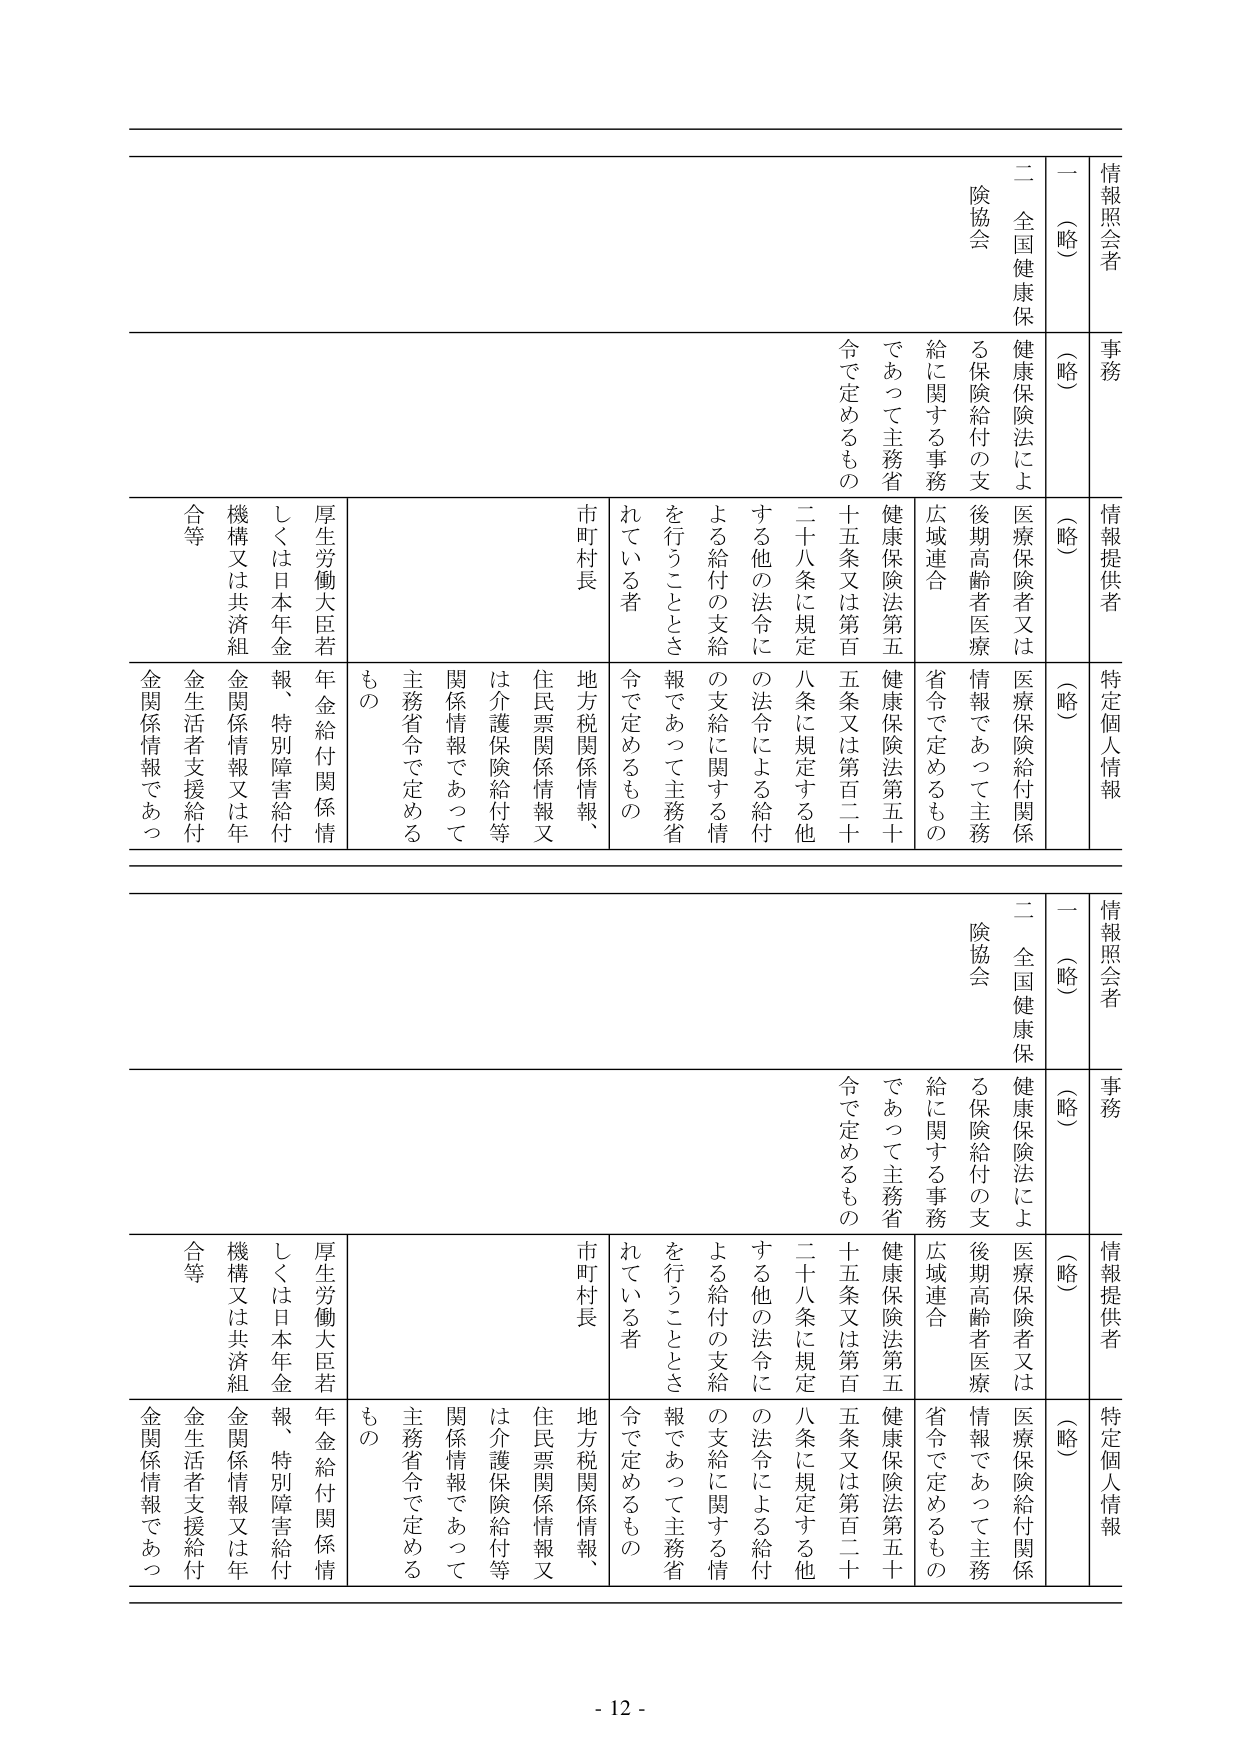
情報照会者
一（略）
二 全国健康保険協会
事務
（略）
健康保険法による保険給付の支給に関する事務
広域連合
医療保険者又は後期高齢者医療情報であって主務省令で定めるもの
健康保険法第五十五条又は第百二十五条又は第百二十八条に規定する他の法令による給付の支給に関する情報であって主務省令で定めるもの
情報提供者
（略）
特定個人情報
（略）
医療保険給付関係情報であって主務省令で定めるもの
市町村長
地方税関係情報、住民票関係情報又は介護保険給付等関係情報であって主務省令で定めるもの
厚生労働大臣若しくは日本年金機構又は共済組合等
年金給付関係情報、特別障害給付金関係情報又は年金生活者支援給付金関係情報であって
- 12 -
情報照会者
一（略）
二 全国健康保険協会
事務
（略）
健康保険法による保険給付の支給に関する事務
広域連合
医療保険者又は後期高齢者医療情報であって主務省令で定めるもの
健康保険法第五十五条又は第百二十五条又は第百二十八条に規定する他の法令による給付の支給に関する情報であって主務省令で定めるもの
情報提供者
（略）
特定個人情報
（略）
医療保険給付関係情報であって主務省令で定めるもの
市町村長
地方税関係情報、住民票関係情報又は介護保険給付等関係情報であって主務省令で定めるもの
厚生労働大臣若しくは日本年金機構又は共済組合等
年金給付関係情報、特別障害給付金関係情報又は年金生活者支援給付金関係情報であって